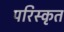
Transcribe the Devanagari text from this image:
परिस्‍कृत